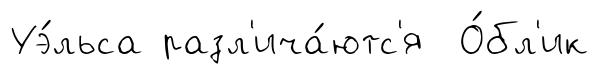
Уэ́льса разл'ича́ютс'я О́бл'ик